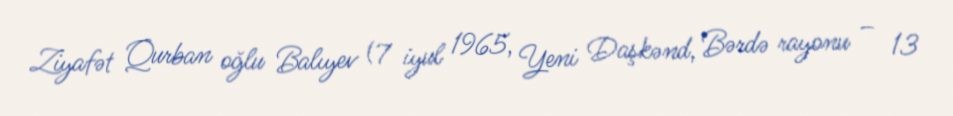
Ziyafət Qurban oğlu Balıyev (7 iyul 1965, Yeni Daşkənd, Bərdə rayonu – 13